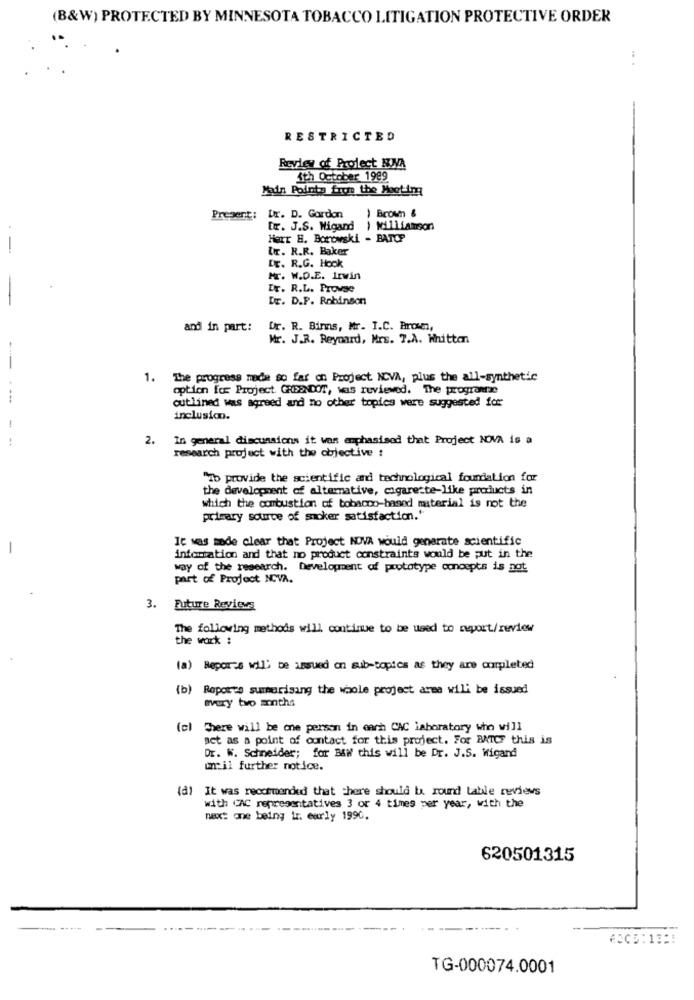
(B&W) PROTECTED BY MINNESOTA TOBACCO LITIGATION PROTECTIVE ORDER
RESTRICTED
Review of Project NVA
$th October 1999
Main Points from the Meeting
Present:
Dr. D. Gordon
) Brown &
[r. J.S. Migand ) Williamson
Herr H. Borowski - BATCP
tr. R.R. Baker
Dr. R.G. Hook
Hr. W.D.E. Irwin
Dr. R.L. Prowse
Dr. D.P. Robinson
and in part:
Dr. R. Binms, Mr. I.C. Brown,
Mr. J.R. Reynard, Mrs. 7.A. Whitten
1. The progress made so far on Project NOVA, plus the all-synthetic
option for Project GREENDOT, was reviewed. The programtwe
outlined was agreed and no other topics were suggested fot
inclusion.
2.
In general discussions it was emphasised that Project NOVA is a
research project with the objective :
"To provide the scientific and technological foundation for
the development of alternative, cigarette-like products in
which the combustion of tobacco-based material is not the
primary source of smoker satisfaction.'
It was made clear that Project NOVA would generate scientific
infomtation and that no product constraints would be put in the
way of the research. Development of prototype concepts is not
part of Project NCVA.
3. Future Revie
The following methods will continue to be used to report/review
the work :
(a) Reports wil be issued on sub-topics as they are completed
(b) Reports summerising the whole project arma will be issued
every two months
(cl There will be one person in each CAC laboratory who will
act as a point of contact for this project. For BATOF this is
Dr. W. Schneider; for B&W this will be Dr. J.S. Wigand
until further notice.
(d) It was recommended that there should ba round table reviews
with CAC representatives 3 or 4 times per year, with the
next one being ir. early 1990.
620501315
.....
ASCE:13 :!
TG-000074.0001